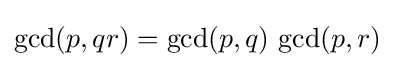
\gcd(p,qr)=\gcd(p,q)\,\gcd(p,r)